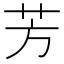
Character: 芳